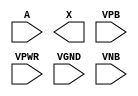
module sky130_fd_sc_ms__clkbuf (
    //# {{data|Data Signals}}
    input  A   ,
    output X   ,

    //# {{power|Power}}
    input  VPB ,
    input  VPWR,
    input  VGND,
    input  VNB
);
endmodule